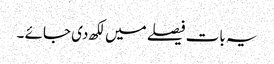
یہ بات فیصلے میں لکھ دی جائے ۔